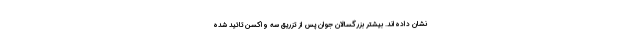
نشان داده‌اند. بیشتر بزرگسالان جوان پس از تزریق سه واکسن تائید شده